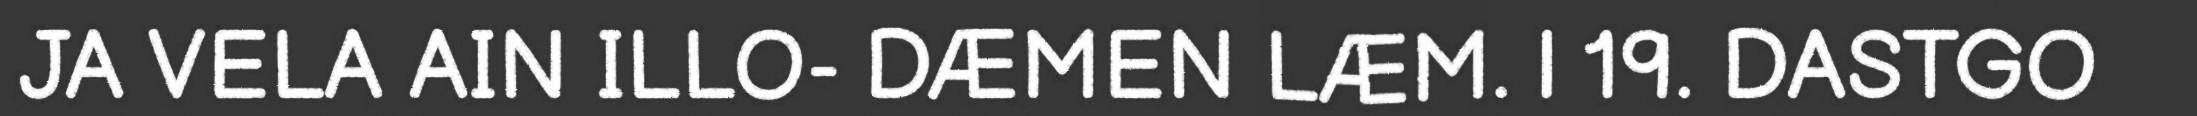
JA VELA AIN ILLO- DÆMEN LÆM. | 19. DASTGO